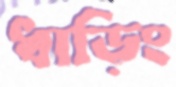
ধাড়িং